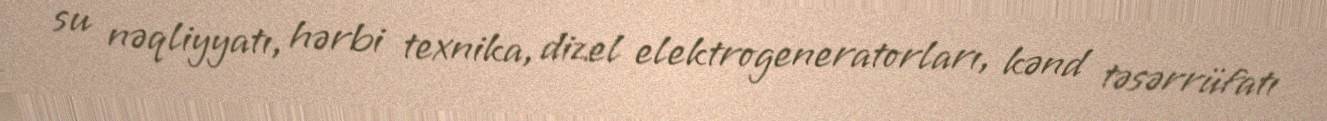
su nəqliyyatı, hərbi texnika, dizel elektrogeneratorları, kənd təsərrüfatı